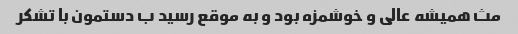
مث همیشه عالی و خوشمزه بود و به موقع رسید ب دستمون با تشکر